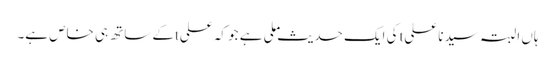
ہاں البتہ سیدنا علیtکی ایک حدیث ملی ہے جو کہ علیtکے ساتھ ہی خاص ہے۔